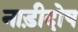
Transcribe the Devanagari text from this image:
नाड़ीदोष